Civil Veterinary Department. United Provinces 1912-22 - 1912-1922
Year: 1912
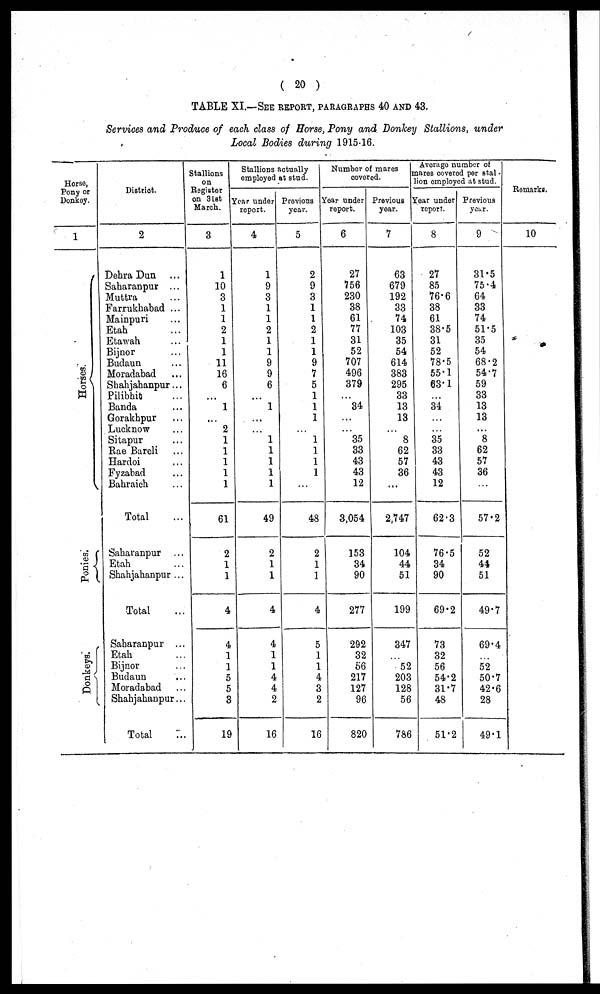
( 20 )
TABLE XL—SEE REPORT, PARAGRAPHS 40 AND 43.
Services and Produce of each class of Horse, Pony and Donkey Stallions, under
Local Bodies during 1915-16.
Horse,
Pony or
Donkey.
1
Horses
Ponies.
Donkeys.
District.
2
Dehra Dun ...
Saharanpur ...
Muttra ...
Farrukhabad ...
Mainpuri ...
Etah ...
Etawah ...
Bijnor ...
Budaun ...
Moradabad ...
Shahjahanpur ...
Pilibhit ...
Banda ...
Gorakhpur ...
Lucknow ...
Sitapur ...
Rae Bareli ...
Hardoi ...
Fyzabad ...
Bahraich ...
Total ...
Saharanpur ...
Etah ...
Shahjahanpur ...
Total ...
Saharanpur ...
Etah ...
Bijnor
...
Budaun ...
Moradabad ...
Shahjahanpur...
Total ...
Stallions
on
Register
on 31st
March.
3
1
10
3
1
1
2
1
1
11
16
6
...
1
...
2
1
1
1
1
1
61
2
1
1
4
4
1
1
5
5
3
19
Stallions actually
employed at stud.
Year under
report.
4
1
9
3
1
1
2
1
1
9
9
6
...
1
...
...
1
1
1
1
1
49
2
1
1
4
4
1
1
4
4
2
16
Previous
year.
5
2
9
3
1
1
2
1
1
9
7
5
1
1
1
...
1
1
1
1
...
48
2
1
1
4
5
1
1
4
3
2
16
Number of mares
covered.
Year under
report.
6
27
756
230
38
61
77
31
52
707
496
379
...
34
...
...
35
33
43
43
12
3,054
153
34
90
277
292
32
56
217
127
96
820
Previous
year.
7
63
679
192
33
74
103
35
54
614
383
295
33
13
13
...
8
62
57
36
...
2,747
104
44
51
199
347
52
203
128
56
786
Average number of
mares covered per stal ¬
lion employed at stud.
Year under
report.
8
27
85
76.6
38
61
38.5
31
52
78.5
55.1
63.1
...
34
...
...
35
33
43
43
12
62.3
76.5
34
90
69.2
73
32
56
54.2
31.7
48
51.2
Previous
year
9
31.5
75.4
64
33
74
51.5
35
54
68.2
54.7
59
33
13
13
...
8
62
57
36
...
57.2
52
44
51
49.7
69.4
52
50.7
42.6
28
49.1
Remarks.
10